Reports on dispensaries and lunatic asylums in the Province of Oudh - 1869-1876
Year: 1869
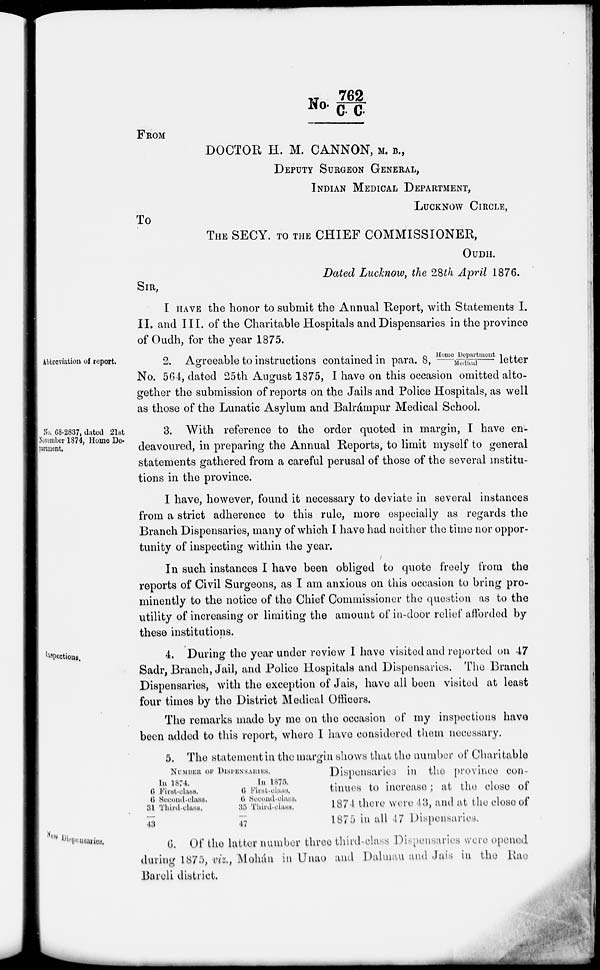
No. 762/C. C.
FROM
DOCTOR H. M. CANNON, M. B.,
DEPUTY SURGEON GENERAL,
INDIAN MEDICAL DEPARTMENT,
LUCKNOW CIRCLE,
To
THE SECY. TO THE CHIEF COMMISSIONER,
OUDH.
Dated Lucknow, the 28th April 1876.
SIR,
I HAVE the honor to submit the Annual Report, with Statements I.
II. and III. of the Charitable Hospitals and Dispensaries in the province
of Oudh, for the year 1875.
Abbreviation of report.
2. Agreeable to instructions contained in para. 8, Home Depart ment / Medi cal letter
No. 564, dated 25th August 1875, I have on this occasion omitted alto-
gether the submission of reports on the Jails and Police Hospitals, as well
as those of the Lunatic Asylum and Balrámpur Medical School.
No. 68-2837, dated 21st
November 1874, Home De-
partment.
3. With reference to the order quoted in margin, I have en-
deavoured, in preparing the Annual Reports, to limit myself to general
statements gathered from a careful perusal of those of the several institu-
tions in the province.
I have, however, found it necessary to deviate in several instances
from a strict adherence to this rule, more especially as regards the
Branch Dispensaries, many of which I have had neither the time nor oppor-
tunity of inspecting within the year.
In such instances I have been obliged to quote freely from the
reports of Civil Surgeons, as I am anxious on this occasion to bring pro-
minently to the notice of the Chief Commissioner the question as to the
utility of increasing or limiting the amount of in-door relief afforded by
these institutions.
Inspections.
4. During the year under review I have visited and reported on 47
Sadr, Branch, Jail, and Police Hospitals and Dispensaries. The Branch
Dispensaries, with the exception of Jais, have all been visited at least
four times by the District Medical Officers.
The remarks made by me on the occasion of my inspections have
been added to this report, where I have considered them necessary.
NUMBER OF DlSPENSARIES.
In 1874.
6 First-class.
6 Second-class.
31 Third-class.
43
In 1875.
6 First-class.
6 Second-class.
35 Third-class.
47
5. The statement in the margin shows that the number of Charitable
Dispensaries in the province con-
tinues to increase; at the close of
1874 there were 43, and at the close of
1875 in all 47 Dispensaries.
New Dispensaries.
6. Of the latter number three third-class Dispensaries were opened
during 1875, viz., Mohán in Unao and Dalmau and Jais in the Rae
Bareli district.